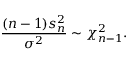
{ \frac { ( n - 1 ) s _ { n } ^ { 2 } } { \sigma ^ { 2 } } } \sim \chi _ { n - 1 } ^ { 2 } .